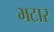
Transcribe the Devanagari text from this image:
भटार